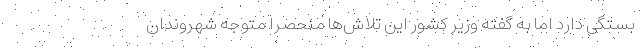
بستگی دارد اما به گفته وزیر کشور این تلاش‌ها منحصرا متوجه شهروندان